Scottish assistants in French and German schools and colleges, 1939
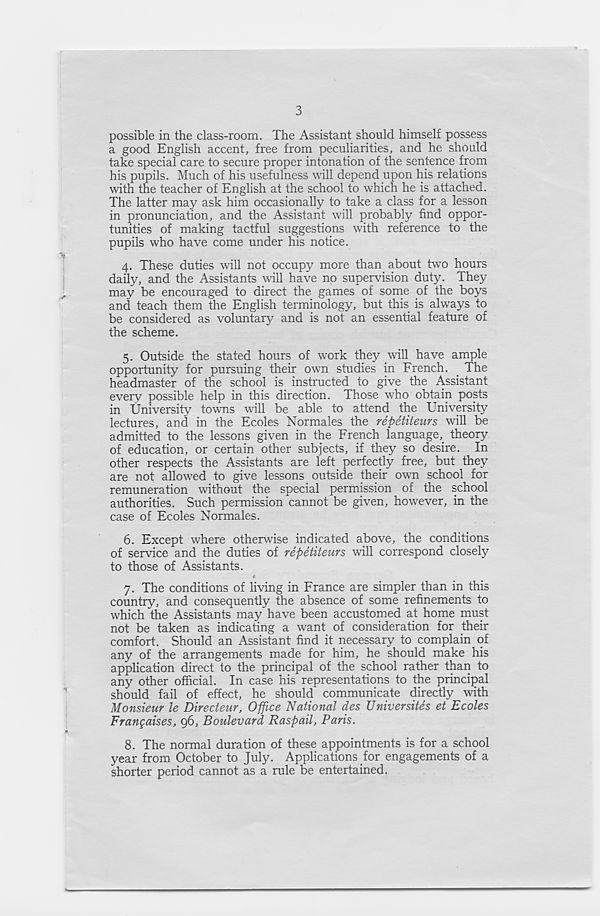
3
possible in the class-room. The Assistant should himself possess
a good English accent, free from peculiarities, and he should
take special care to secure proper intonation of the sentence from
his pupils. Much of his usefulness will depend upon his relations
with the teacher of English at the school to which he is attached.
The latter may ask him occasionally to take a class for a lesson
in pronunciation, and the Assistant will probably find oppor-
tunities of making tactful suggestions with reference to the
pupils who have come under his notice.
4. These duties will not occupy more than about two hours
daily, and the Assistants will have no supervision duty. They
may be encouraged to direct the games of some of the boys
and teach them the English terminology, but this is always to
be considered as voluntary and is not an essential feature of
the scheme.
5. Outside the stated hours of work they will have ample
opportunity for pursuing their own studies in French. _ The
headmaster of the school is instructed to give the Assistant
every possible help in this direction. Those who obtain posts
in University towns will be able to attend the University
lectures, and in the Ecoles Normales the repetiteurs will be
admitted to the lessons given in the French language^ theory
of education, or certain other subjects, if they so desire. In
other respects the Assistants are left perfectly free, but they
are not allowed to give lessons outside their own school for
remuneration without the special permission of the school
authorities. Such permission cannot be given, however, in the
case of Ecoles Normales.
6. Except where otherwise indicated above, the conditions
of service and the duties of repetiteurs will correspond closely
to those of Assistants.
7. The conditions of living in France are simpler than in this
country, and consequently the absence of some refinements to
which the Assistants may have been accustomed at home must
not be taken as indicating a want of consideration for their
comfort. Should an Assistant find it necessary to complain of
any of the arrangements made for him, he should make his
application direct to the principal of the school rather than to
any other official. In case his representations to the principal
should fail of effect, he should communicate directly with
Monsieur le Directeur, Office National des Universites et Ecoles
Frangaises, 96, Boulevard Raspail, Paris.
8. The normal duration of these appointments is for a school
year from October to July. Applications for engagements of a
shorter period cannot as a rule be entertained,